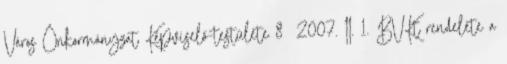
Város Önkormányzat Képviselő-testülete 8 2007. II. 1. BVKt rendelete a